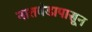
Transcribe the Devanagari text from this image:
नातवंडापासून